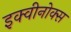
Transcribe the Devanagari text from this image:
इक्वीनोक्स